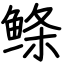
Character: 鲦